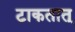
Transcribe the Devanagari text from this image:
टाकतात्